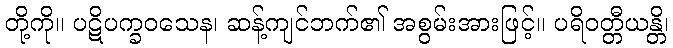
တို့ကို။ ပဋိပက္ခဝသေန၊ ဆန့်ကျင်ဘက်၏ အစွမ်းအားဖြင့်။ ပရိဝတ္တီယန္တိ၊